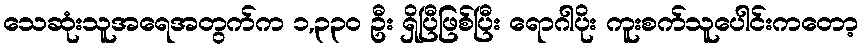
သေဆုံးသူအရေအတွက်က ၁,၃၃၀ ဦး ရှိပြီဖြစ်ပြီး ရောဂါပိုး ကူးစက်သူပေါင်းကတော့